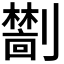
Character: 𫦜